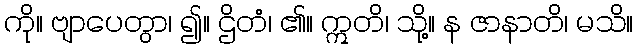
ကို။ ဗျာပေတွာ၊ ၍။ ဌိတံ၊ ၏။ ဣတိ၊ သို့။ န ဇာနာတိ၊ မသိ။